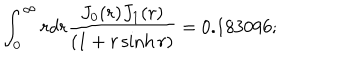
\int _ { 0 } ^ { \infty } r d r \frac { J _ { 0 } ( r ) J _ { 1 } ( r ) } { \left( 1 + r \sinh r \right) } = 0 . 1 8 3 0 9 6 ;